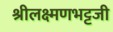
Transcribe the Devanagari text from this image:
श्रीलक्ष्मणभट्टजी